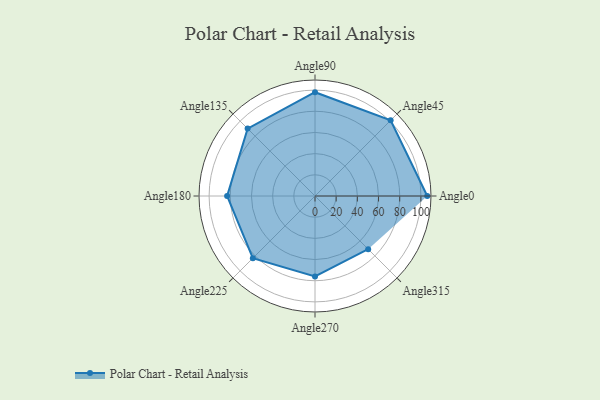
{"axis": {"x": "Angle", "y": "Radius"}, "legend": [""], "data": [{"x": "Angle0", "y": 106.0, "type": ""}, {"x": "Angle45", "y": 101.0, "type": ""}, {"x": "Angle90", "y": 98.0, "type": ""}, {"x": "Angle135", "y": 90.0, "type": ""}, {"x": "Angle180", "y": 83.0, "type": ""}, {"x": "Angle225", "y": 83.0, "type": ""}, {"x": "Angle270", "y": 76.0, "type": ""}, {"x": "Angle315", "y": 71.0, "type": ""}]}